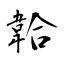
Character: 韐